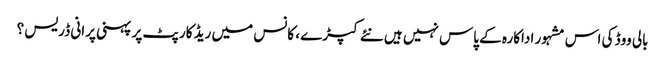
بالی ووڈ کی اس مشہور اداکارہ کے پاس نہیں ہیں نئے کپڑے ، کانس میں ریڈ کارپٹ پر پہنی پرانی ڈریس ؟